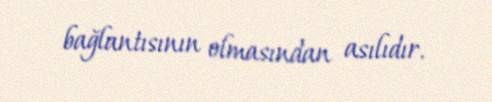
bağlantısının olmasından asılıdır.